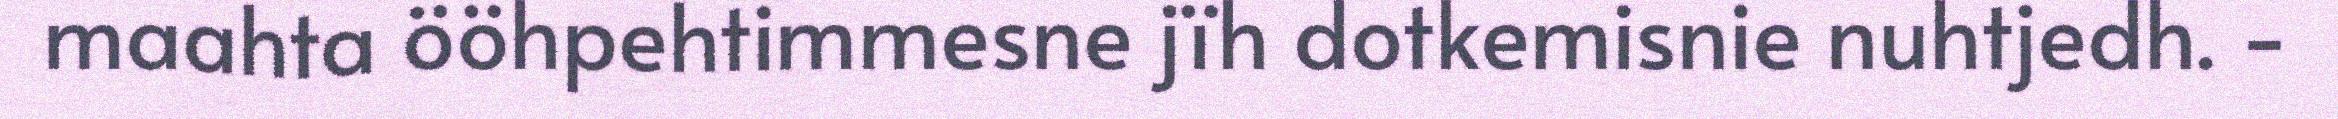
maahta ööhpehtimmesne jïh dotkemisnie nuhtjedh. -